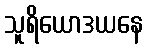
သူရိယောဒယနေ